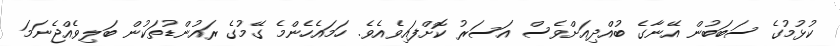
ކުޅުމުގެ ސަބަބުން އޭނާގެ ބުއްދިއަށްވެސް އަސަރު ކޮށްފައިވެއެވެ. ހަމައެހެންމެ ގޭމުގެ ރައުންޑުތަކުން ބަލިވެއްޖެނަމަ